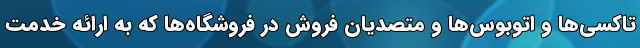
تاکسی‌ها و اتوبوس‌ها و متصدیان فروش در فروشگاه‌ها که به ارائه خدمت